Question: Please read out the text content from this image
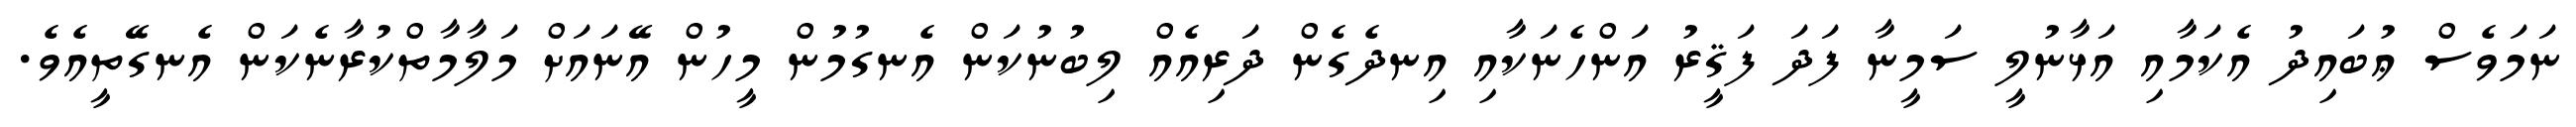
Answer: ނަމަވެސް ޢުބައިދު އެކަމާއި އަޅާނުލީ ސަމީނާ ފަދަ ފަޤީރު އަންހެނަކާއި އިނދެގެން ދަރިއެއް ލިބުނުކަން އެނގުމުން މީހުން އޭނައަށް މަލާމާތްކުރާނެކަން އެނގޭތީއެވެ.